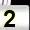
Digit: 2